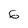
Character: 6